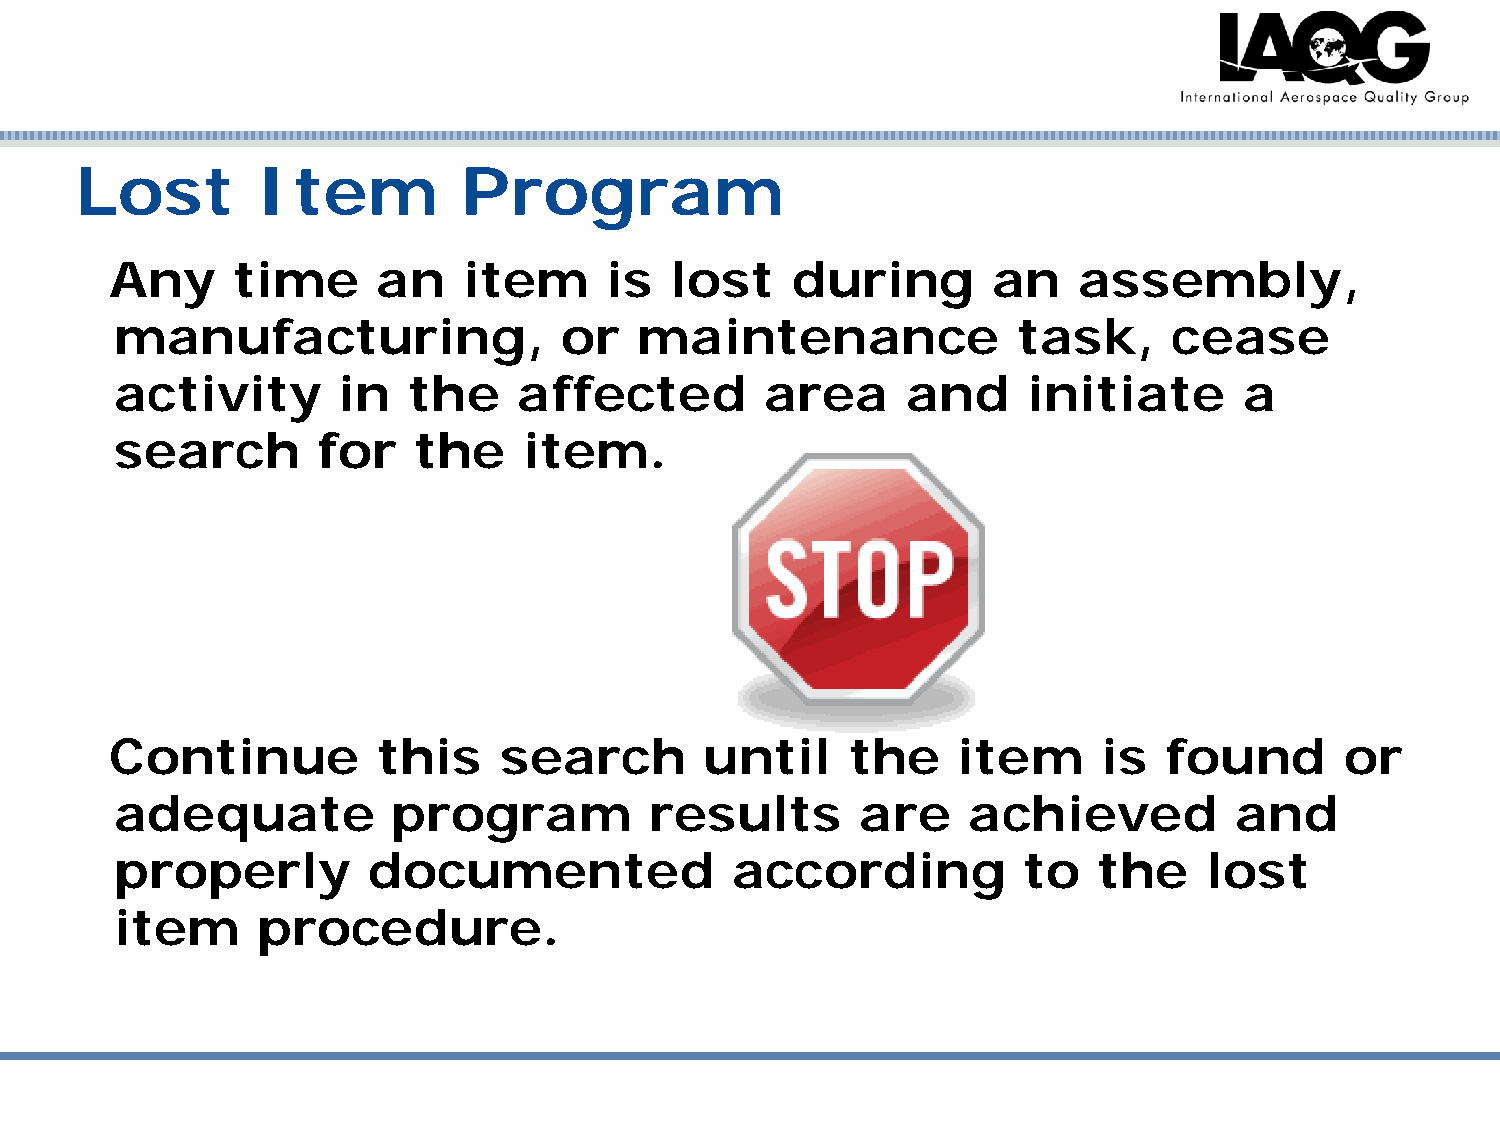
Lost        Item          Program
 Any     time      an    item     is  lost    during        an   assembly,
 manufacturing,               or   maintenance              task,      cease
 activity      in   the    affected         area     and     initiate      a
 search       for   the     item.
 Continue          this    search        until    the    item      is  found       or
 adequate          program          results       are    achieved          and
 properly        documented              according           to   the    lost
 item     procedure.